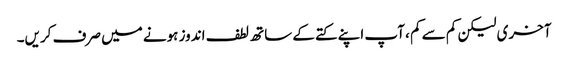
آخری لیکن کم سے کم ، آپ اپنے کتے کے ساتھ لطف اندوز ہونے میں صرف کریں۔